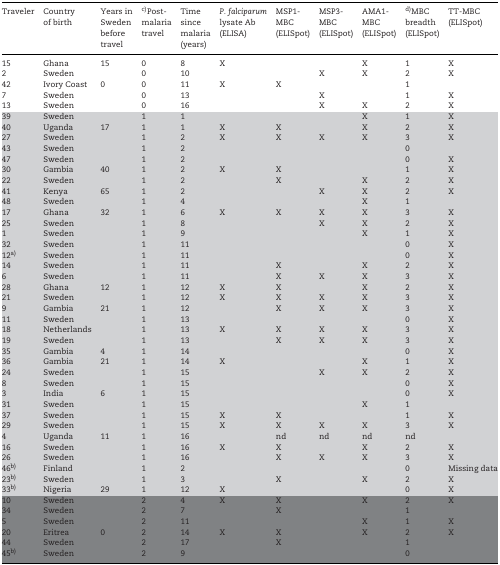
<table><thead><tr><td><b>Traveler</b></td><td><b>Country</b></td><td><b>Years in</b></td><td><b>cPost‐</b></td><td><b>Time</b></td><td><b><i>P. falciparum</i></b></td><td><b>MSP1‐</b></td><td><b>MSP3‐</b></td><td><b>AMA1‐</b></td><td><b>dMBC</b></td><td><b>TT‐MBC</b></td></tr><tr><td></td><td><b>of birth</b></td><td><b>Sweden</b></td><td><b>malaria</b></td><td><b>since</b></td><td><b>lysate Ab</b></td><td><b>MBC</b></td><td><b>MBC</b></td><td><b>MBC</b></td><td><b>breadth</b></td><td><b>(ELISpot)</b></td></tr><tr><td></td><td></td><td><b>before</b></td><td><b>travel</b></td><td><b>malaria</b></td><td><b>(ELISA)</b></td><td><b>(ELISpot)</b></td><td><b>(ELISpot)</b></td><td><b>(ELISpot)</b></td><td><b>(ELISpot)</b></td><td></td></tr><tr><td></td><td></td><td><b>travel</b></td><td></td><td><b>(years)</b></td><td></td><td></td><td></td><td></td><td></td><td></td></tr></thead><tbody><tr><td>15</td><td>Ghana</td><td>15</td><td>0</td><td>8</td><td>X</td><td></td><td></td><td>X</td><td>1</td><td>X</td></tr><tr><td>2</td><td>Sweden</td><td></td><td>0</td><td>10</td><td></td><td></td><td>X</td><td>X</td><td>2</td><td>X</td></tr><tr><td>42</td><td>Ivory Coast</td><td>0</td><td>0</td><td>11</td><td>X</td><td>X</td><td></td><td></td><td>1</td><td></td></tr><tr><td>7</td><td>Sweden</td><td></td><td>0</td><td>13</td><td></td><td></td><td>X</td><td></td><td>1</td><td>X</td></tr><tr><td>13</td><td>Sweden</td><td></td><td>0</td><td>16</td><td></td><td></td><td>X</td><td>X</td><td>2</td><td>X</td></tr><tr><td>39</td><td>Sweden</td><td></td><td>1</td><td>1</td><td></td><td></td><td></td><td>X</td><td>1</td><td>X</td></tr><tr><td>40</td><td>Uganda</td><td>17</td><td>1</td><td>1</td><td>X</td><td>X</td><td></td><td>X</td><td>2</td><td>X</td></tr><tr><td>27</td><td>Sweden</td><td></td><td>1</td><td>2</td><td>X</td><td>X</td><td>X</td><td>X</td><td>3</td><td>X</td></tr><tr><td>43</td><td>Sweden</td><td></td><td>1</td><td>2</td><td></td><td></td><td></td><td></td><td>0</td><td></td></tr><tr><td>47</td><td>Sweden</td><td></td><td>1</td><td>2</td><td></td><td></td><td></td><td></td><td>0</td><td>X</td></tr><tr><td>30</td><td>Gambia</td><td>40</td><td>1</td><td>2</td><td>X</td><td>X</td><td></td><td></td><td>1</td><td>X</td></tr><tr><td>22</td><td>Sweden</td><td></td><td>1</td><td>2</td><td></td><td>X</td><td></td><td>X</td><td>2</td><td>X</td></tr><tr><td>41</td><td>Kenya</td><td>65</td><td>1</td><td>2</td><td></td><td></td><td>X</td><td>X</td><td>2</td><td>X</td></tr><tr><td>48</td><td>Sweden</td><td></td><td>1</td><td>4</td><td></td><td></td><td></td><td>X</td><td>1</td><td></td></tr><tr><td>17</td><td>Ghana</td><td>32</td><td>1</td><td>6</td><td>X</td><td>X</td><td>X</td><td>X</td><td>3</td><td>X</td></tr><tr><td>25</td><td>Sweden</td><td></td><td>1</td><td>8</td><td></td><td></td><td>X</td><td>X</td><td>2</td><td>X</td></tr><tr><td>1</td><td>Sweden</td><td></td><td>1</td><td>9</td><td></td><td></td><td></td><td>X</td><td>1</td><td>X</td></tr><tr><td>32</td><td>Sweden</td><td></td><td>1</td><td>11</td><td></td><td></td><td></td><td></td><td>0</td><td>X</td></tr><tr><td>12a</td><td>Sweden</td><td></td><td>1</td><td>11</td><td></td><td></td><td></td><td></td><td>0</td><td>X</td></tr><tr><td>14</td><td>Sweden</td><td></td><td>1</td><td>11</td><td></td><td>X</td><td></td><td>X</td><td>2</td><td>X</td></tr><tr><td>6</td><td>Sweden</td><td></td><td>1</td><td>11</td><td></td><td>X</td><td>X</td><td>X</td><td>3</td><td>X</td></tr><tr><td>28</td><td>Ghana</td><td>12</td><td>1</td><td>12</td><td>X</td><td>X</td><td></td><td>X</td><td>2</td><td>X</td></tr><tr><td>21</td><td>Sweden</td><td></td><td>1</td><td>12</td><td>X</td><td>X</td><td>X</td><td>X</td><td>3</td><td>X</td></tr><tr><td>9</td><td>Gambia</td><td>21</td><td>1</td><td>12</td><td></td><td>X</td><td>X</td><td>X</td><td>3</td><td>X</td></tr><tr><td>11</td><td>Sweden</td><td></td><td>1</td><td>13</td><td></td><td></td><td></td><td></td><td>0</td><td>X</td></tr><tr><td>18</td><td>Netherlands</td><td></td><td>1</td><td>13</td><td>X</td><td>X</td><td>X</td><td>X</td><td>3</td><td>X</td></tr><tr><td>19</td><td>Sweden</td><td></td><td>1</td><td>13</td><td></td><td>X</td><td>X</td><td>X</td><td>3</td><td>X</td></tr><tr><td>35</td><td>Gambia</td><td>4</td><td>1</td><td>14</td><td></td><td></td><td></td><td></td><td>0</td><td>X</td></tr><tr><td>36</td><td>Gambia</td><td>21</td><td>1</td><td>14</td><td>X</td><td></td><td></td><td>X</td><td>1</td><td>X</td></tr><tr><td>24</td><td>Sweden</td><td></td><td>1</td><td>15</td><td></td><td></td><td>X</td><td>X</td><td>2</td><td>X</td></tr><tr><td>8</td><td>Sweden</td><td></td><td>1</td><td>15</td><td></td><td></td><td></td><td></td><td>0</td><td>X</td></tr><tr><td>3</td><td>India</td><td>6</td><td>1</td><td>15</td><td></td><td></td><td></td><td></td><td>0</td><td>X</td></tr><tr><td>31</td><td>Sweden</td><td></td><td>1</td><td>15</td><td></td><td></td><td></td><td>X</td><td>1</td><td></td></tr><tr><td>37</td><td>Sweden</td><td></td><td>1</td><td>15</td><td>X</td><td>X</td><td></td><td></td><td>1</td><td>X</td></tr><tr><td>29</td><td>Sweden</td><td></td><td>1</td><td>15</td><td>X</td><td>X</td><td>X</td><td>X</td><td>3</td><td>X</td></tr><tr><td>4</td><td>Uganda</td><td>11</td><td>1</td><td>16</td><td></td><td>nd</td><td>nd</td><td>nd</td><td>nd</td><td></td></tr><tr><td>16</td><td>Sweden</td><td></td><td>1</td><td>16</td><td>X</td><td>X</td><td></td><td>X</td><td>2</td><td>X</td></tr><tr><td>26</td><td>Sweden</td><td></td><td>1</td><td>16</td><td></td><td>X</td><td>X</td><td>X</td><td>3</td><td>X</td></tr><tr><td>46b</td><td>Finland</td><td></td><td>1</td><td>2</td><td></td><td></td><td></td><td></td><td>0</td><td>Missing data</td></tr><tr><td>23b</td><td>Sweden</td><td></td><td>1</td><td>3</td><td></td><td>X</td><td></td><td>X</td><td>2</td><td>X</td></tr><tr><td>33b</td><td>Nigeria</td><td>29</td><td>1</td><td>12</td><td>X</td><td></td><td></td><td></td><td>0</td><td>X</td></tr><tr><td>10</td><td>Sweden</td><td></td><td>2</td><td>4</td><td>X</td><td>X</td><td></td><td>X</td><td>2</td><td>X</td></tr><tr><td>34</td><td>Sweden</td><td></td><td>2</td><td>7</td><td></td><td>X</td><td></td><td></td><td>1</td><td></td></tr><tr><td>5</td><td>Sweden</td><td></td><td>2</td><td>11</td><td></td><td></td><td></td><td>X</td><td>1</td><td>X</td></tr><tr><td>20</td><td>Eritrea</td><td>0</td><td>2</td><td>14</td><td>X</td><td>X</td><td></td><td>X</td><td>2</td><td>X</td></tr><tr><td>44</td><td>Sweden</td><td></td><td>2</td><td>17</td><td></td><td>X</td><td></td><td></td><td>1</td><td></td></tr><tr><td>45b</td><td>Sweden</td><td></td><td>2</td><td>9</td><td></td><td></td><td></td><td></td><td>0</td><td></td></tr></tbody></table>